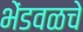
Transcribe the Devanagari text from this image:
भेंडवळचे